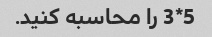
5*3 را محاسبه کنید.